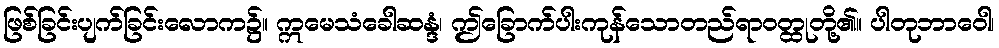
ဖြစ်ခြင်းပျက်ခြင်းလောက၌။ ဣမေသံခေါဆန္ဒံ၊ ဤခြောက်ပါးကုန်သောတည်ရာဝတ္ထုတို့၏။ ပါတုဘာဝေါ၊